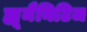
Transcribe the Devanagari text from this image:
ह्यूमैनिटिज